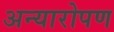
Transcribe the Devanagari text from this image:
अन्यारोपण